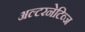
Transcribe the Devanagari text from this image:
अल्टरनेटिव्ज